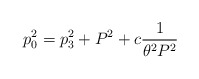
\begin{align*}p_0^2=p_3^2 + P^2 + c{1 \over\theta^2 P^2}\end{align*}